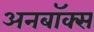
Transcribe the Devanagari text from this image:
अनबॉक्स